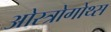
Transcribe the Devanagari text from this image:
ओस्त्रोगोथ्स